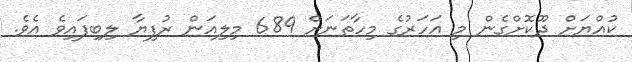
ކުއްޔަށް ދޫކޮށްގެން މި އަހަރުގެ މިހާތަނަށް 689 މިލިއަން ރުފިޔާ ލިބިފައިވެ އެވެ.